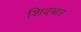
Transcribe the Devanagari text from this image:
शिवभार